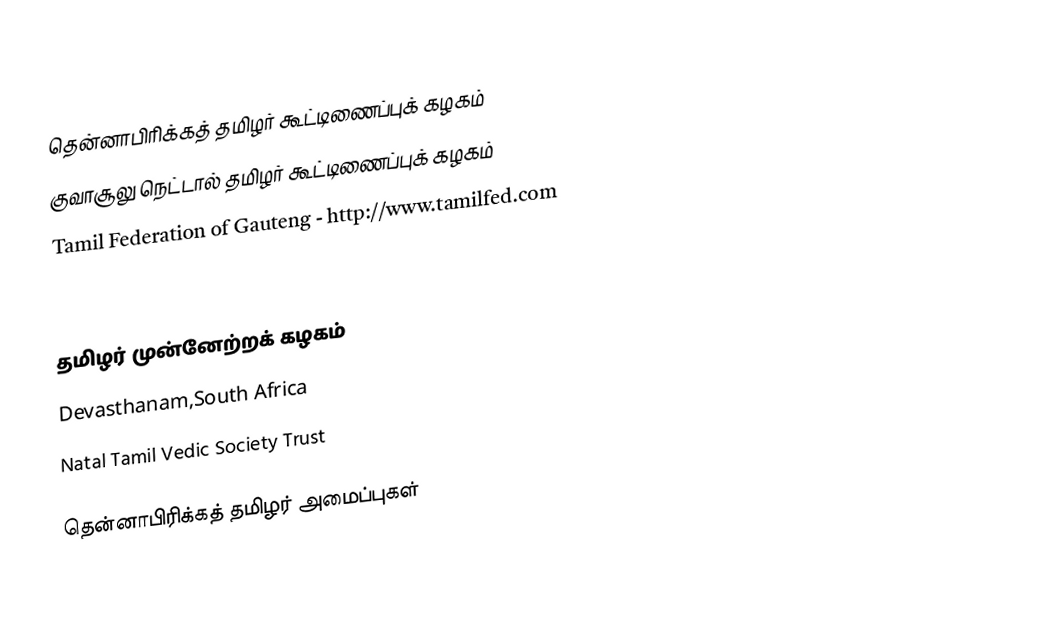
தென்னாபிரிக்கத் தமிழர் கூட்டிணைப்புக் கழகம்
 குவாசூலு நெட்டால் தமிழர் கூட்டிணைப்புக் கழகம்
 Tamil Federation of Gauteng - http://www.tamilfed.com
 WESTERN CAPE TAMIL FEDERATION - http://www.wctf.co.za/
 Merebank Tamil School Society
 தமிழர் முன்னேற்றக் கழகம்
 Devasthanam,South Africa
 Natal Tamil Vedic Society Trust

தென்னாபிரிக்கத் தமிழர் அமைப்புகள்